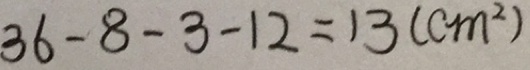
3 6 - 8 - 3 - 1 2 = 1 3 ( c m ^ { 2 } )